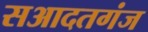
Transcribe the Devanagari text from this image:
सआदतगंज